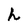
Character: h